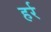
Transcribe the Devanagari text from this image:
हर्र